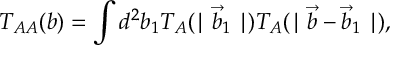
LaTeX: T _ { A A } ( b ) = \int d ^ { 2 } b _ { 1 } T _ { A } ( \mid \vec { b } _ { 1 } \mid ) T _ { A } ( \mid \vec { b } - \vec { b } _ { 1 } \mid ) ,